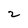
Character: 2